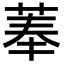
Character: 菶